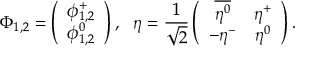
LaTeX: \Phi _ { 1 , 2 } = \left( \begin{array} { c } { { \phi _ { 1 , 2 } ^ { + } } } \\ { { \phi _ { 1 , 2 } ^ { 0 } } } \end{array} \right) , ~ ~ \eta = { \frac { 1 } { \sqrt 2 } } \left( \begin{array} { c c } { { \overline { { { \eta ^ { 0 } } } } } } & { { \eta ^ { + } } } \\ { { - \eta ^ { - } } } & { { \eta ^ { 0 } } } \end{array} \right) .